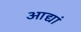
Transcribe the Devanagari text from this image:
आद्यां